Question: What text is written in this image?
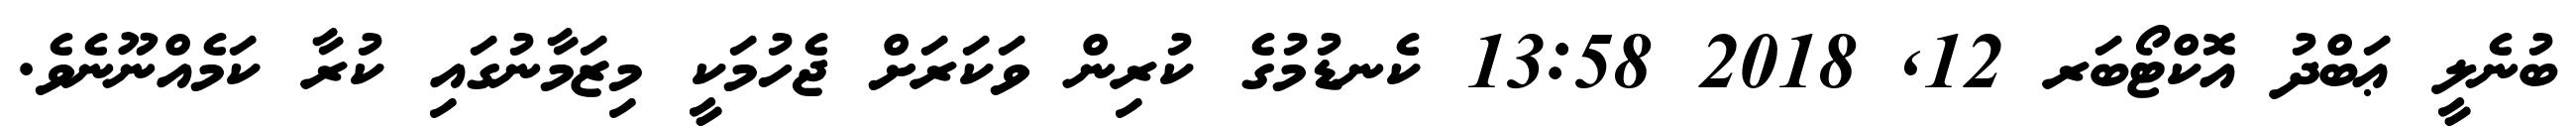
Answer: ބުނެލީ ޢަބްދު އޮކްޓޯބަރ 12, 2018 13:58 ކެނޑުމުގެ ކުރިން ވަކަރަށް ޖެހުމަކީ މިޒަމާނުގައި ކުރާ ކަމެއްނޫނެވެ.